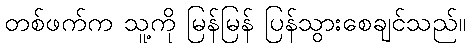
တစ်ဖက်က သူ့ကို မြန်မြန် ပြန်သွားစေချင်သည်။